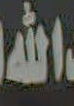
الله